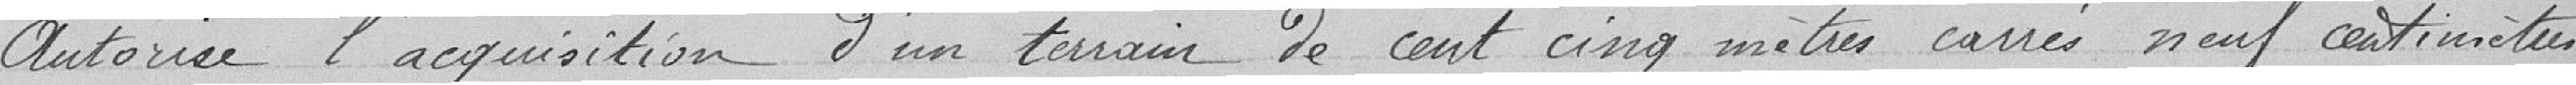
Autorise l'acquisition d'un terrain de cinq cent mètre carrés neuf centimètres